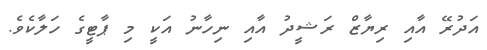
އަދުރޭ އާއި ރިޔާޒް ރަޝީދު އާއި ނިހާނު އަކީ މި ޕާޓީގެ ހަލާކެވެ.